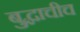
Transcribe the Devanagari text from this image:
बुद्धाचीच